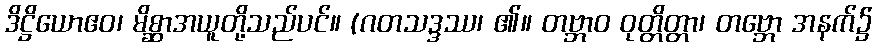
ဒိဋ္ဌိယောဧဝ၊ မိစ္ဆာအယူတို့သည်ပင်။ (ဂတသဒ္ဒဿ၊ ၏။ တဗ္ဘာဝ ဝုတ္တိတ္တာ၊ တဗ္ဘော အနက်၌